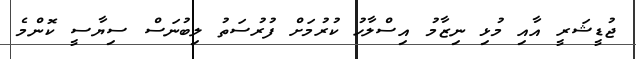
ޖުޑީޝަރީ އާއި މުޅި ނިޒާމު އިސްލާހު ކުރުމަށް ފުރުސަތު ލިބުނަސް ސިޔާސީ ކޮންމެ